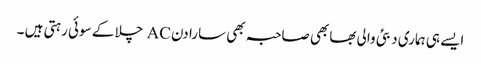
ایسے ہی ہماری دبئی والی بھابھی صاحبہ بھی سارا دن AC چلا کے سوئی رہتی ہیں ۔